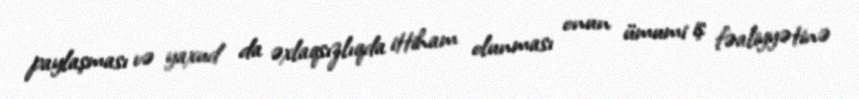
paylaşması və yaxud da əxlaqsızlıqda ittiham olunması onun ümumi iş fəaliyyətinə